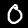
Label: 0